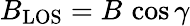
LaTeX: B_{\mathrm{LOS}}=B\, \cos\gamma